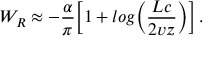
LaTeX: W _ { R } \approx - { \frac { \alpha } { \pi } } \Bigl [ 1 + l o g \Bigl ( { \frac { L c } { 2 v z } } \Bigr ) \Bigr ] \, .